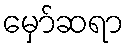
မှော်ဆရာ